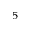
^ 5